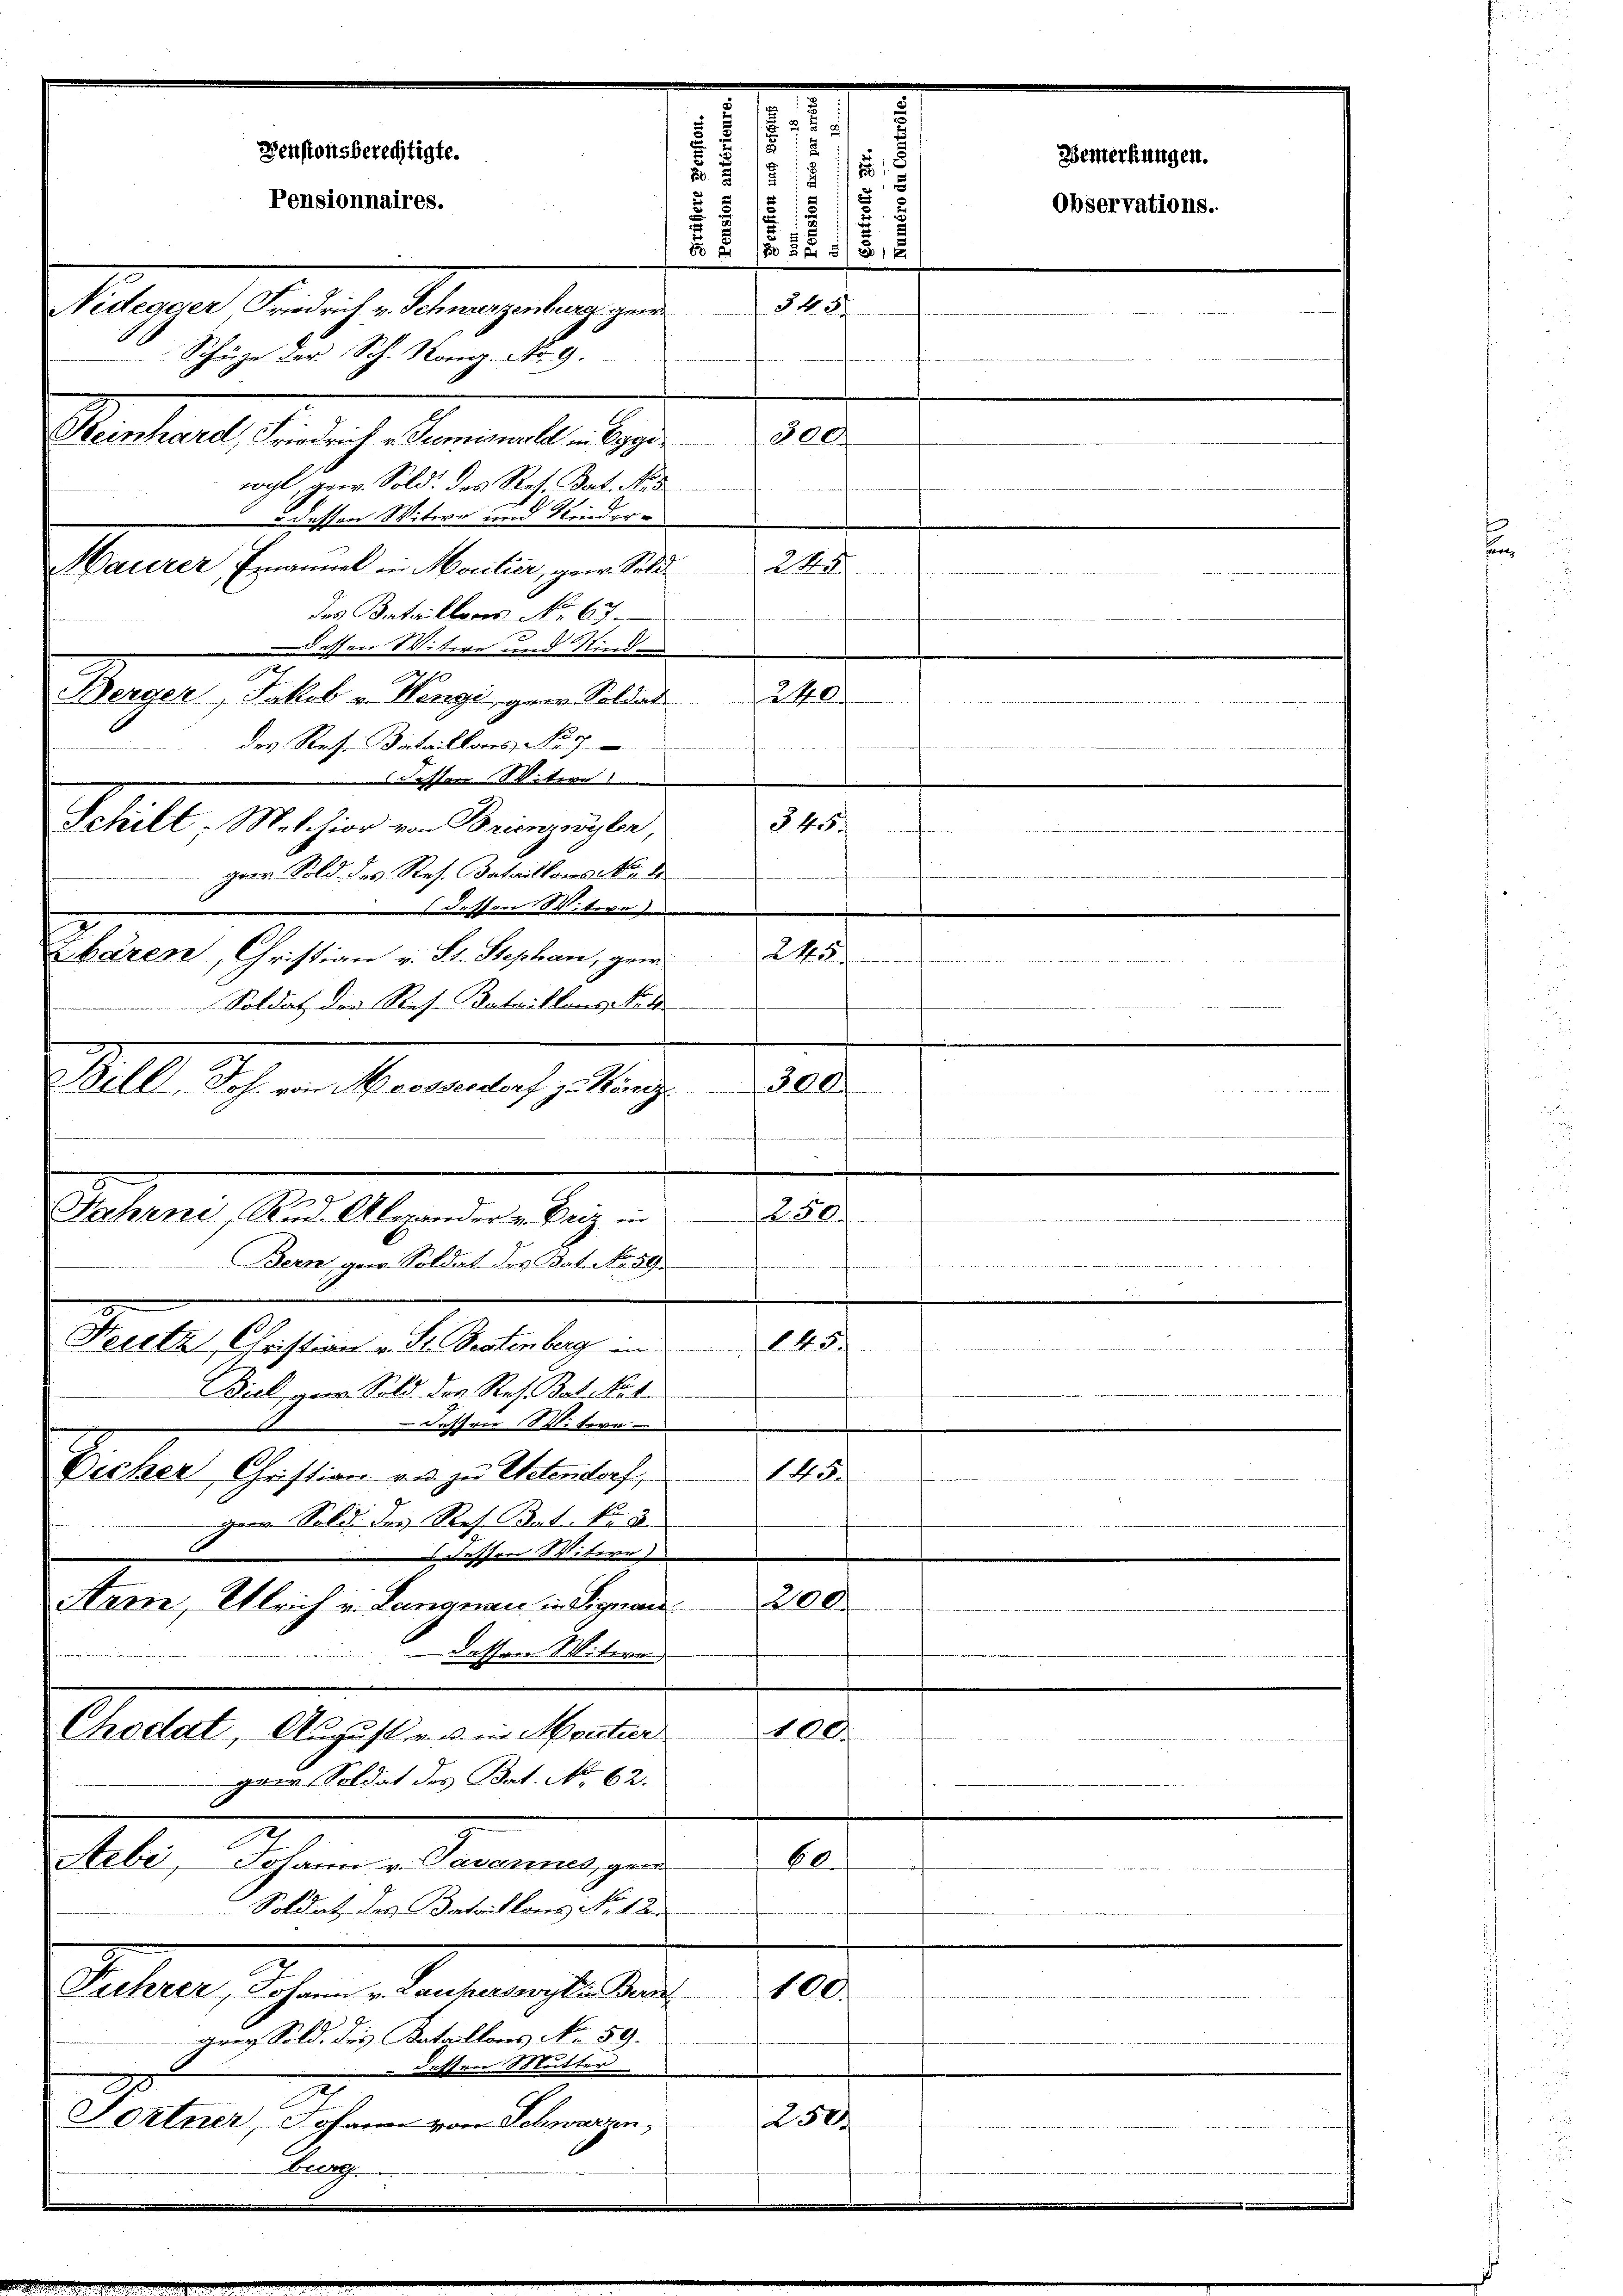
dessen Witwe und Rind
ten
Berger, Jakob v. Wengi, gew. Soldat
des Res. Bataillons No 7
Fessen Witir
§. 48
fen
gaer Sold. des Res. Bataillons Kinde
 dessen W. Tige
248
Zbären, Christian v. St. Stephan, gem
Soldat der Res. Bataillons Ned
Bill, Joh. von Moosseldorf zu König¬
300.
t
a
l2)
Feltz, Christian v. St. Gestenberg
Biel, gen. Sold. Das Res. Das Not
Dessen Vitere
A
Dicker Christian an zu Petendorf,
gen Sold des Res. Bat. Nr. 2
 dessen Witere
200
Arn, Ulrich v. Langnau in Signan
dessen. Witwe
100.
Choctat August es in Menter
gaer Soldat des Rat. No. 62.
60.
Aebi, Johann v. Tavannes, gen
Soldat des Bataillons No. 12.
Fiehrer, Johann v. Lauperswyl in Bern 100.
grey Sold. des Kataillons No. 59.
 effene Slutter
Portner, Johann von Schwarzen 250
berg.

8
Denstonsberechtigte.
Pensionnaires.
1
28/11/35
545
Nidegaer Friedrich v. Schwarzenburg gen
Schüze der Sch. Kong. No 9.
d
Standentsprach Namente des
300.
wohl, gew. Sold. des Res. Bat. Nid
 dessen Witwe und Kinder¬
Barerer, Emanuel ein Moritier, geer. Sold
2
das Bataillons No. 67

Schilt, Melchior von Brienzwyler,

Jahrni Rud. Abgander u. Britz in
Bern, gern. Soldat des Tat. No. 59.

2
i
d
i
t
1
.
2
s

5

Observations.

Bemerkungen.

.

e

irect. Weitere 841 et 2 Malter Aus der